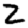
Digit: 2